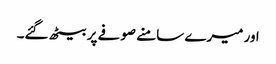
اور میرے سامنے صوفے پر بیٹھ گئے۔